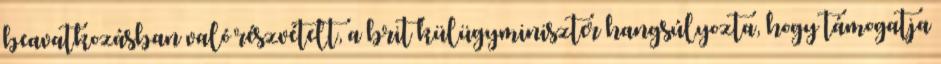
beavatkozásban való részvételt, a brit külügyminiszter hangsúlyozta, hogy támogatja